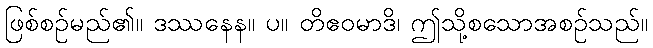
ဖြစ်စဉ်မည်၏။ ဒဿနေန။ ပ။ တိဧဝမာဒိ၊ ဤသို့စသောအစဉ်သည်။